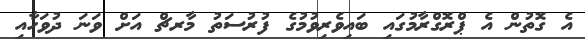
އެ ގޮތުން އެ ޕްރޮގްރާމުގައި ބައިވެރިވުމުގެ ފުރުސަތު މާރޗް އަށް ވަނަ ދުވަހާއި